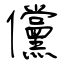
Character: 儻